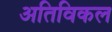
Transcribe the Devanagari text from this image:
अतिविकल